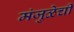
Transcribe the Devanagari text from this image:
मंजुळेची